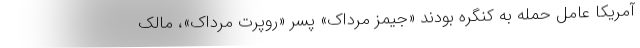
آمریکا عامل حمله به کنگره بودند «جیمز مرداک» پسر «روپرت مرداک»، مالک